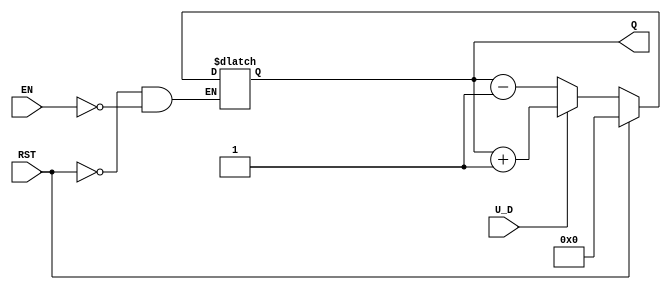
module UpDownCounter (
    input wire U_D,      // Up/Down control signal
    input wire RST,      // Asynchronous reset signal
    input wire EN,       // Enable signal
    output reg [3:0] Q   // 4-bit count value (adjust width as needed)
);

    // Asynchronous reset and counting logic
    always @(*) begin
        if (RST) begin
            Q <= 4'b0000; // Reset the counter to 0
        end else if (EN) begin
            if (U_D) begin
                // Count Up
                Q <= Q + 1;
            end else begin
                // Count Down
                Q <= Q - 1;
            end
        end
    end

endmodule